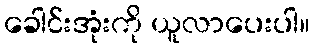
ခေါင်းအုံးကို ယူလာပေးပါ။